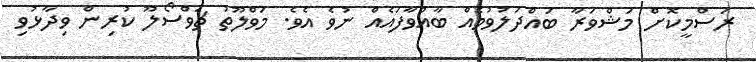
ރަސްމީކޮށް މަޝްވަރާ ބައްދަލުވުމެއް ބާއްވާފައެއް ނުވެ އެވެ. މަވްލޫތު ޗަވްސޯލޫ ކުރިން ވިދާޅުވި